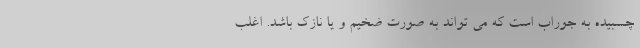
چسبیده به جوراب است که می تواند به صورت ضخیم و یا نازک باشد. اغلب